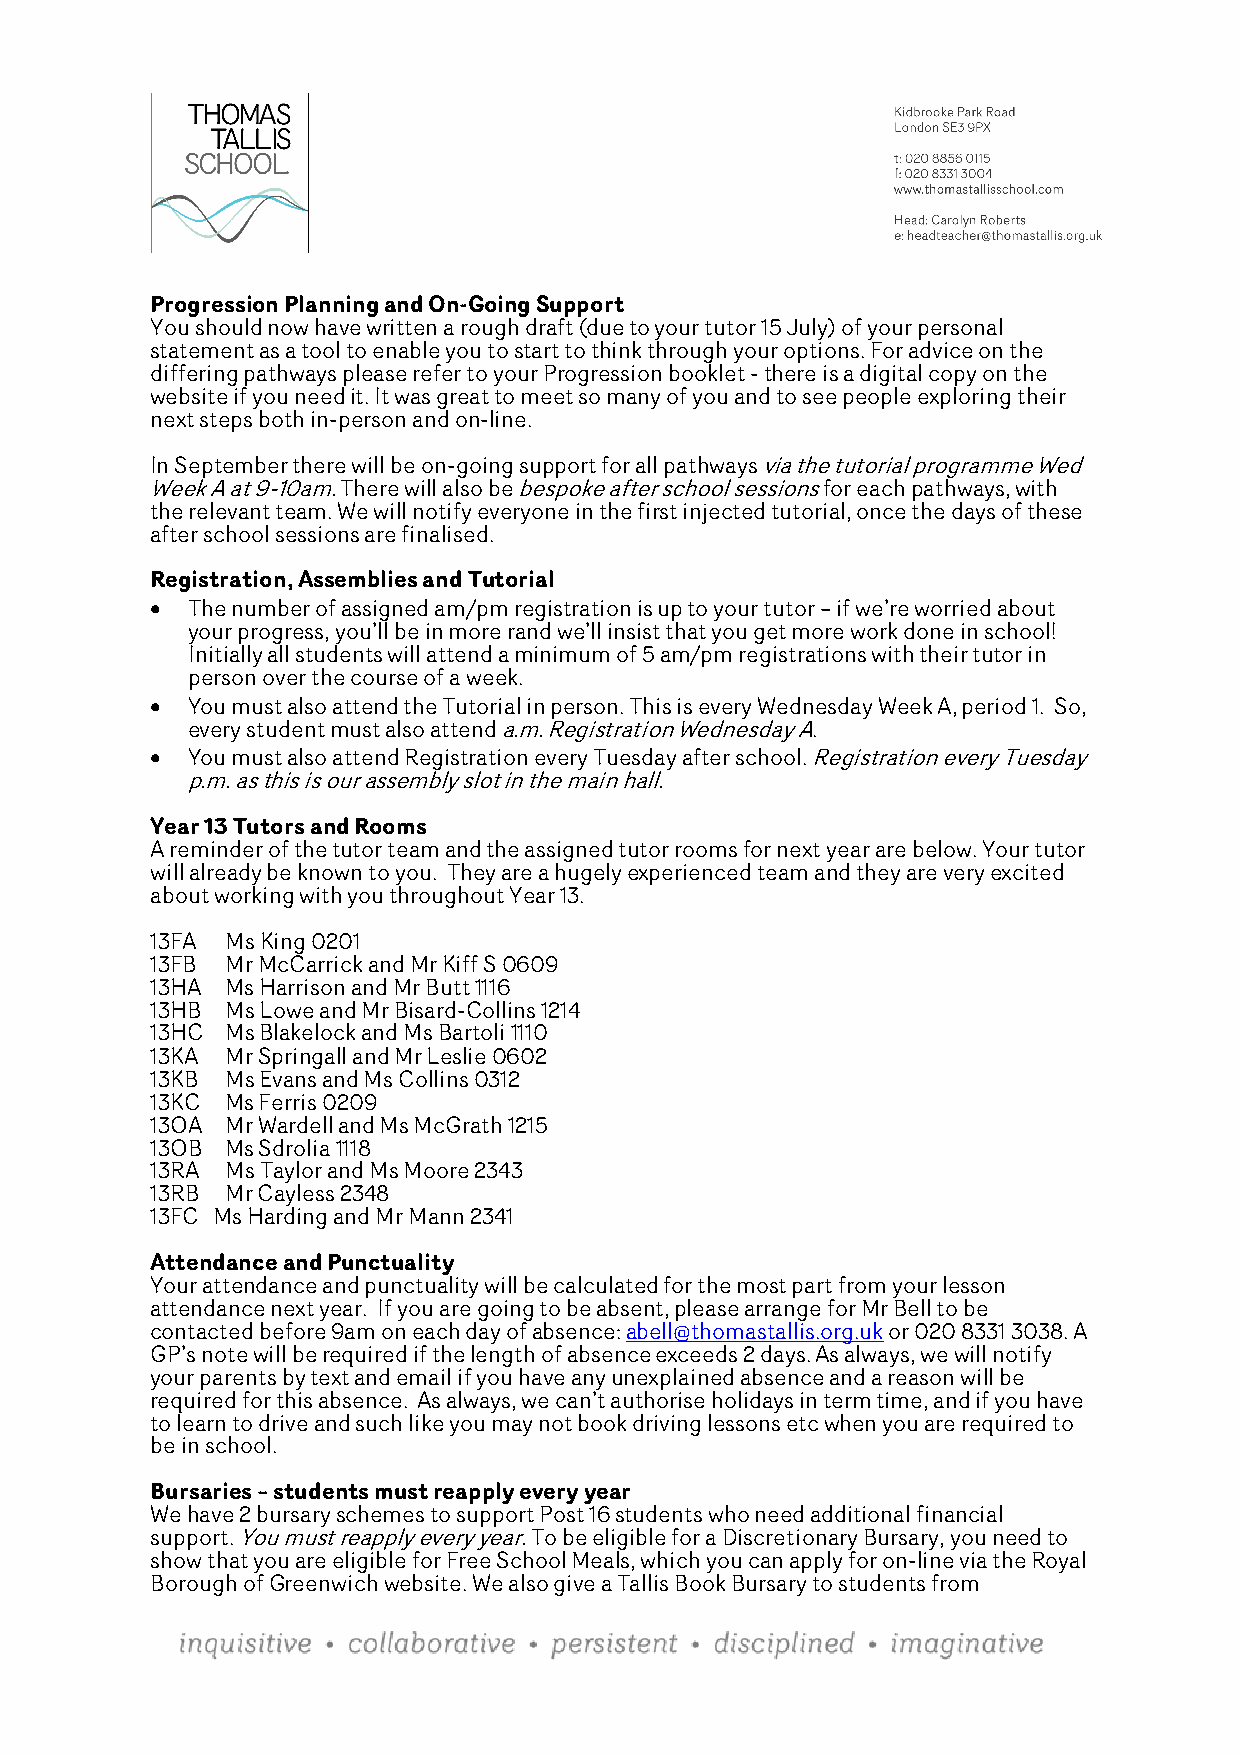
Progression Planning and On-Going Support
 You should now have written a rough draft (due to your tutor 15 July) of your personal
 statement as a tool to enable you to start to think through your options. For advice on the
 differing pathways please refer to your Progression booklet - there is a digital copy on the
 website if you need it. It was great to meet so many of you and to see people exploring their
 next steps both in-person and on-line.
 In September there will be on-going support for all pathways via the tutorial programme Wed
 Week A at 9-10am. There will also be bespoke after school sessions for each pathways, with
 the relevant team. We will notify everyone in the first injected tutorial, once the days of these
 after school sessions are finalised.
 Registration, Assemblies and Tutorial
 • The number of assigned am/pm registration is up to your tutor – if we’re worried about
 your progress, you’ll be in more rand we’ll insist that you get more work done in school!
 Initially all students will attend a minimum of 5 am/pm registrations with their tutor in
 person over the course of a week.
 • You must also attend the Tutorial in person. This is every Wednesday Week A, period 1. So,
 every student must also attend a.m. Registration Wednesday A.
 • You must also attend Registration every Tuesday after school. Registration every Tuesday
 p.m. as this is our assembly slot in the main hall.
 Year 13 Tutors and Rooms
 A reminder of the tutor team and the assigned tutor rooms for next year are below. Your tutor
 will already be known to you. They are a hugely experienced team and they are very excited
 about working with you throughout Year 13.
 13FA Ms King 0201
 13FB Mr McCarrick and Mr Kiff S 0609
 13HA Ms Harrison and Mr Butt 1116
 13HB Ms Lowe and Mr Bisard-Collins 1214
 13HC Ms Blakelock and Ms Bartoli 1110
 13KA Mr Springall and Mr Leslie 0602
 13KB Ms Evans and Ms Collins 0312
 13KC Ms Ferris 0209
 13OA Mr Wardell and Ms McGrath 1215
 13OB Ms Sdrolia 1118
 13RA Ms Taylor and Ms Moore 2343
 13RB Mr Cayless 2348
 13FC Ms Harding and Mr Mann 2341
 Attendance and Punctuality
 Your attendance and punctuality will be calculated for the most part from your lesson
 attendance next year. If you are going to be absent, please arrange for Mr Bell to be
 contacted before 9am on each day of absence: abell@thomastallis.org.uk or 020 8331 3038. A
 GP’s note will be required if the length of absence exceeds 2 days. As always, we will notify
 your parents by text and email if you have any unexplained absence and a reason will be
 required for this absence. As always, we can’t authorise holidays in term time, and if you have
 to learn to drive and such like you may not book driving lessons etc when you are required to
 be in school.
 Bursaries – students must reapply every year
 We have 2 bursary schemes to support Post 16 students who need additional financial
 support. You must reapply every year. To be eligible for a Discretionary Bursary, you need to
 show that you are eligible for Free School Meals, which you can apply for on-line via the Royal
 Borough of Greenwich website. We also give a Tallis Book Bursary to students from